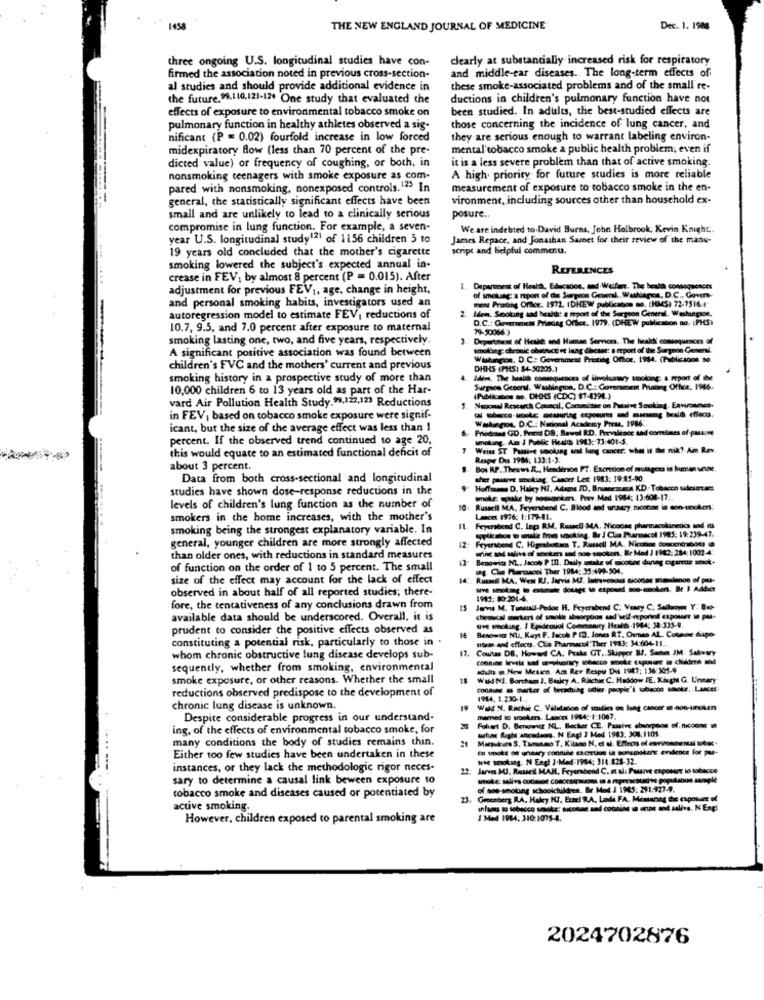
1438
THE NEW ENGLAND JOURNAL OF MEDICINE
Dec. 1. 1988
three ongoing U.S. longitudinal studies have con-
clearly at substantially increased risk for respiratory
firmed the association noted in previous cross-section-
and middle-ear diseases .. The long-term effects of
al studies and should provide additional evidence in
these smoke-associated problems and of the small re-
the future.9.110.121-12+ One study that evaluated the
ductions in children's pulmonary function have not
effects of exposure to environmental tobacco smoke on
been studied. In adults, the best-studied effects are
pulmonary function in healthy athletes observed a sig-
those concerning the incidence of lung cancer, and
nificant (P = 0.02) fourfold increase in low forced
they are serious enough to warrant labeling environ-
midexpiratory flow (less than 70 percent of the pre-
mental'tobacco smoke a public health problem; even if
it is a less severe problem than that of active smoking.
dieted value) or frequency of coughing, or both, in
nonsmoking teenagers with smoke exposure as com-
A high priority for future studies is more reliable
pared with nonsmoking, nonexposed controls. 12" In
measurement of exposure to tobacco smoke in the en-
general, the statistically significant effects have been
vironment, including sources other than household ex-
small and are unlikely to lead to a clinically serious
posure.
compromise in lung function. For example, a seven-
We are indebted to David Burns, John Holbrook; Kevin Knight :.
year U.S. longitudinal study121 of 1156 children 5 to
James Repace, and Jonathan Samet for their review of the manu-
19 years old concluded that the mother's cigarette
script and Helpful commenu.
smoking lowered the subject's expected annual in-
REFERENCES
...
crease in FEV, by almost 8 percent (P = 0.015). After
adjustment for previous FEV1, age, change in height,
Department of Health, Education, and Welfare. The health consequences
and personal smoking habits, investigators used an
CUBE: A report of the Surgeon General ., Washiages, D.C ., Govern
2. Idem. Smoking and bealde a mport of the Surgeon General. Washington,
Yaang Office: 1972. IDHEW publicados no. (HMS) 72-7516.4"
autoregression model to estimate FEV, reductions of
D.C .: Govermets Priaciag Office .. 1979, (DHEW publication no, (PHS)
10.7, 9.5, and 7.0 percent after exposure to maternal
79-50066 )
smoking lasting one, two, and five years, respectively
Departitest of Heske and Human Services. The hiraldi consequences of
A significant positive association was found between
smolling: chronić obsauce ve lung disease: a report of the Surgeon General.
Wutangon, D.C .: Government Printing Office, 1984. (Publicsoon 0.
children's FVC and the mothers' current and previous
DHIS (PIS) 84-50205.1
smoking history in a prospective study of more than
Idine, The buraleh consequences of livvoluntary smoking; a report of the
10,000 children 6 to 13 years old as part of the Har-
Surgeon General. Washinginn, D.C .: Coversanent Printing Office. 1946.
vard Air Pollution Health Study.99,127,129 Reductions
5. Nacional Research Council, Comsmittic on Passive Smoking, Environmcs.
(Publicanos so. DHIS (CDC) $7-4396.)
in FEV, based on tobacco smoke exposure were signif-
Wakingou. D.C .: Nacional Academy Press, 1986 ..
icant, but the size of the average effect was less than I
Friedrane GD. Brand DB: Sawel RD. Prevalence sad correlmes of-passive
percent. If the observed trend continued to age 20,
smoling. Am i Public Health 1943: 73:401-3.
this would equate to an estimated functional deficit of
Weiss ST Passive smoking sedl lung cancer. what is the nik !- Am Rev.
Resper De 1986: 133:1-3:
about 3 percent.
Bos RP. Thewws. R. Henderson FT. Excretion of mutagena in human unne.
Data from both cross-sectional and longitudinal
ther pasve smoking; Cander Lett 1983: 19:85-90
studies have shown dose-response reductions in the
Hoffmann D. Haley HI, Adams ID. Branemaza KD- Tobacco udescuar:
imille: epsake by nonsmoker. Prev. Med. 1984; 13:608-17 ..
levels of children's lung function as the number of
Russell MA, Feyerabend C. Blood and araary nicohne in con-weckeri.
smokers in the home increases, with the mother's
Lances 1976: 1:179-41.
smoking being the strongest explanatory variable. In
Feyerabend C. lags RM. Runacil MA. Nicoche pharmacokinetics and it
general, younger children are more strongly affected
12.
topik abos to takie from smoking. Br J Clin Pharmacol 1985: 19:239-47.
Feyenoend C. Higrabotam T. Russell MA. Nicotine Concon010001
win - win df moten and soo sokon. Er Med J 1962: 284:1001-4
than older ones, with reductions in standard measures
Bengwicz NL. Jacob P In. Daily sotake of nicotine durvag cxparede imot.
of function on the order of 1 to 5 percent. The small
ag Cl Pharmacol Ther 1984: 35:499-504.
size of the effect may account for the lack of effect
14 :. Rundl MA. Went RJ. Jarvis M. Imravenous sicodes primulenon of pas-
observed in about half of all reported studies; there-
------ - -- mode. Br I Addict
1911: 80-201-6.
fore, the tentativeness of any conclusions drawn from
Jarvis M. Tosuall-Pedos H. Feyerabend C. Vesey C. Selloope Y: Bio-
available data should be underscored. Overall, it is
chemical markers of smokie absorption and'self-repornd espoure to pas-
prudent to consider the positive effects observed as
sive smoking. I Epidemiol Commanity Health-1944 ,: 34:335-9.
constituting a potential risk, particularly to those in
soon and effect. Clia Pharmacol Ther 1983: 34:604-11 ..
Besowsz NU, Kayt F. Jacob PID. Jones RT. Osmas AL. Coonne dispo-
17.
Countas DB. Howard CA. Prate GT ., Skipper 81. Same IM. Salivary
whom chronic obstructive lung disease develops sub-
connine levels sad mavoluntary tobacco smoke capoune in children and
sequently, whether from smoking, environmental
adults a New Mexico. Am Rev Respir Du 1987: 136:305-9
smoke exposure, or other reasons. Whether the small
Wud NI. Borcham J. Baskey.A. Rikche C. Haddow JE. Kasgh G. Unnary
reductions observed predispose to the development of
1984, 1 230-1 ..
chronic lung disease is unknown.
Wald N. Richie C. Vilidadion of stadies on lung cancer m non-smokers
Despite considerable progress in our understand.
mamed to smokers. Lancet 1964 :- 1:1067.
ing, of the effects of environmental tobacco smoke, for
Folvart D. Bengwicz NL ., Becher CE. Passive abenegess of: nicoons
artune flagi ancadeon. N Engl J Med 1983: 304:1101
many conditions the body of studies remains thin.
Markurs S. Tumamo T, Kitano N. et al. Effects of environmental tobe-
Co snoke of unaary connihe excretion in sonunakans evidence for pu-
Either too few studies have been undertaken in these
Seve smoking. N Engl J Med:1984; 314:424-32.
instances, or they lack the methodologie rigor neces-
larves MJ, Rasse's MAH, Feyerabend C. et al. Pourve caposure to tobacco
sary to determine a causal link beween exposure to
tobacco smoke and diseases caused or potentiated by
of.ade-smoking schoolchildren. Br Mod J 1945: 291:927-9.
23, Greenberg RA. Haley KI, Ezzel RA, Lada FA. Miatanag die exposure I
active smoking.
ilans to tobacco smoke: siccome and coonihe ( anne and salirs. N Engl
However, children exposed to parental smoking are
1 Med 1984: 310:1075-4.
2024702876